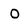
Character: 0